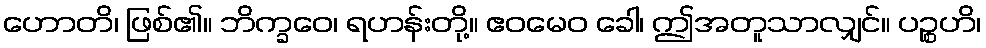
ဟောတိ၊ ဖြစ်၏။ ဘိက္ခဝေ၊ ရဟန်းတို့။ ဧဝမေဝ ခေါ၊ ဤအတူသာလျှင်။ ပဉ္စဟိ၊